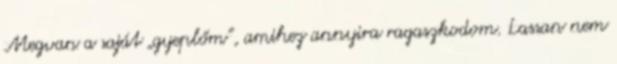
Megvan a saját „gyeplőm”, amihez annyira ragaszkodom. Lassan nem